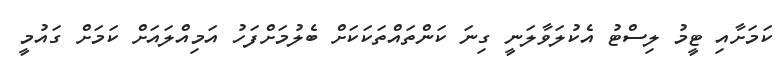
ކަމަށާއި ޓީމު ލިސްޓު އެކުލަވާލަނީ ގިނަ ކަންތައްތަކަކަށް ބެލުމަށްފަހު އަމިއްލައަށް ކަމަށް ގައުމީ